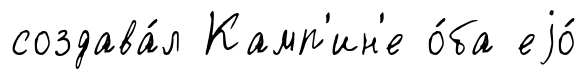
создава́л Камп'ин'е о́ба еjо́